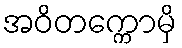
အဝိတက္ကောမှိ